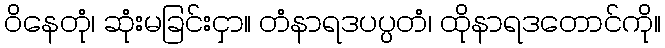
ဝိနေတုံ၊ ဆုံးမခြင်းငှာ။ တံနာရဒပပ္ပတံ၊ ထိုနာရဒတောင်ကို။